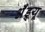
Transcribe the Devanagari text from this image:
अॅँड्र्यू